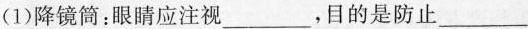
(1)降镜筒：眼睛应注视___，目的是防止___